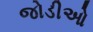
જોડીઓ